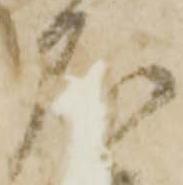
石